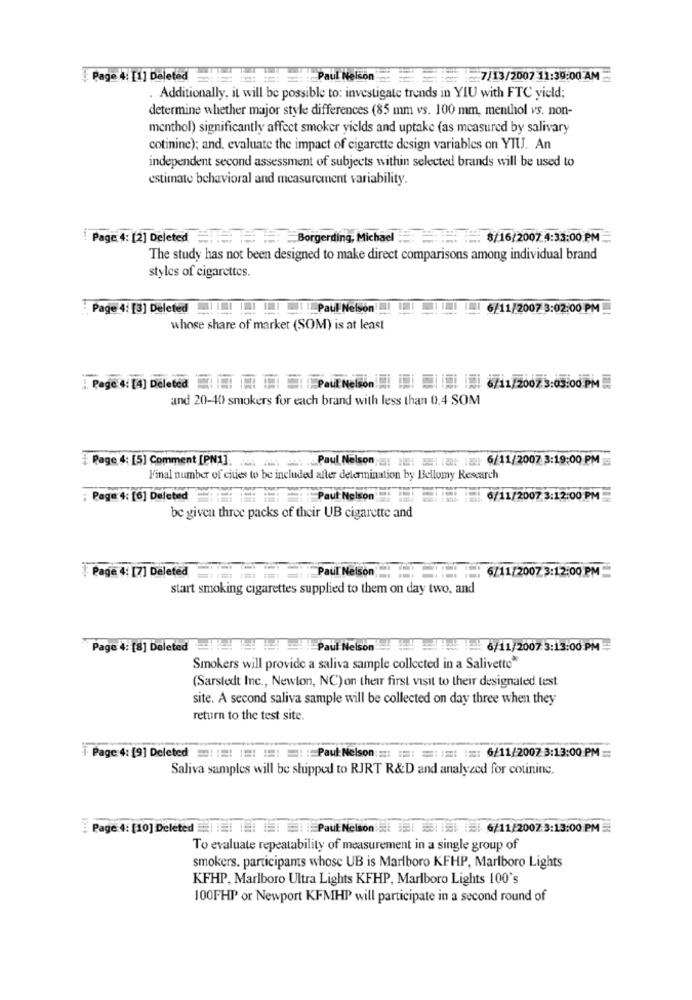
Page 4: [1] Deleted
Paul Nelson : 7/13/2007 11:39:00 AM
. Additionally, it will be possible to: investigate trends in YIU with FTC yield;
determine whether major style differences (85 mm vs. 100 mm, menthol vs. non-
menthol) significantly affect smoker yields and uptake (as measured by salivary
cotinine); and, evaluate the impact of cigarette design variables on YTU. An
independent second assessment of subjects within selected brands will be used to
estimate behavioral and measurement variability.
Page 4: [2] Deleted == = = Borgenting, Michael := === $/16/2007 4:33:00 PM
The study has not been designed to make direct comparisons among individual brand
styles of cigarettes.
: Page 4: [3] Deleted
Paul Nelson!
6/11/2007 3:02:00 PM
whose share of market (SOM) is at least
and 20-40 smokers for each brand with less than 0.4 SOM
[ Page 4: [5] Comment [PN1].
www .Paul Nelson : : : 6/11/2007 3:19:00 PM
l'inal number of cities to be included aller determination by Bellomy Research
Page 4: [6] Deleted
Paul Nelson
6/11/2007 3:12:00 PM
be given three packs of their UB cigarette and
Paul Nelson
. . 6/11/2007 3:12:00 PM
# Page 4: [7] Deleted
start smoking cigarettes supplied to them on day two, and
Page 4: [8] Deleted
Paul Nelson
6/11/20073:13:00 PM
Smokers will provide a saliva sample collected in a Salivette"
(Sarstedt Inc ., Newton, NC) on their first visit to their designated test
site. A second saliva sample will be collected on day three when they
return to the test site.
i Page 4: [9] Deleted ! !! !! !! =: := Paul:Nelson: =: :=: =: :: :=: 6/11/2007 3:13:00 PM =
Saliva samples will be shipped to RJRT R&D and analyzed for cotininc.
Page 4: [10] Deleted | || |: il| | | Paul Nelson :: : 1 3 : 6/11/2007 3:13:00 PM
To evaluate repeatability of measurement in a single group of
smokers. participants whose UB is Marlboro KFHP, Marlboro Lights
KFHP, Marlboro Ultra Lights KFHP, Marlboro Lights 100's
100FHP or Newport KFMHP will participate in a second round of